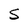
Character: S